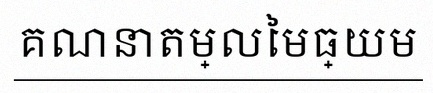
គណនាតម្លៃមធ្យម